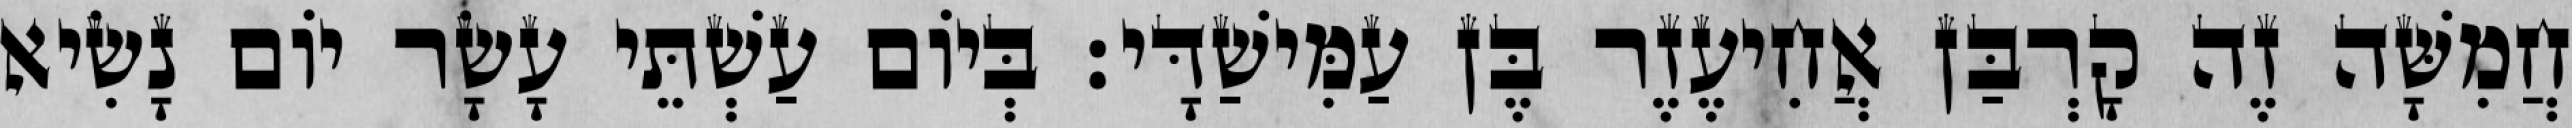
חֲמִשָּׁה זֶה קָרְבַּן אֲחִיעֶזֶר בֶּן עַמִּישַׁדָּי׃ בְּיוֹם עַשְׁתֵּי עָשָׂר יוֹם נָשִׂיא